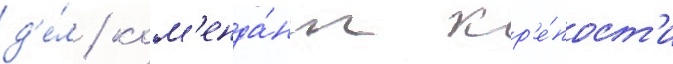
д'е́л / ком'енда́нт кр'е́пост'и